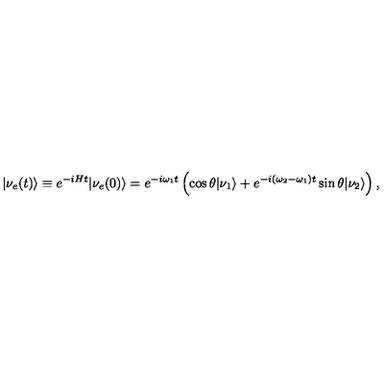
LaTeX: | \nu _ { e } ( t ) \rangle \equiv e ^ { - i H t } | \nu _ { e } ( 0 ) \rangle = e ^ { - i \omega _ { 1 } t } \left( \cos \theta | \nu _ { 1 } \rangle + e ^ { - i ( \omega _ { 2 } - \omega _ { 1 } ) t } \sin \theta | \nu _ { 2 } \rangle \right) ,